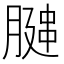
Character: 𫆩